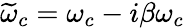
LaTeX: \widetilde{\omega}_{c}=\omega_{c}-i\beta\omega_{c}